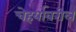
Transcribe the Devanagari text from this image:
चेहर्यावरील